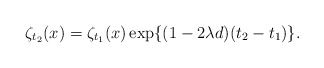
\begin{align*}\zeta_{t_2}(x)=\zeta_{t_1}(x)\exp\{(1-2\lambda d)(t_2-t_1)\}.\end{align*}